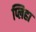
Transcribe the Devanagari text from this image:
प्लिहा